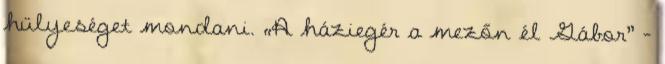
hülyeséget mondani. „A háziegér a mezőn él Gábor” –